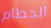
الحطام